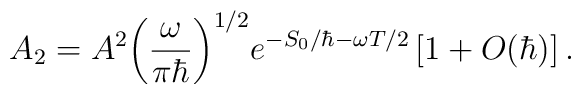
{A_2}={A^2}{{\left({{\omega}\over{\pi\hbar}}\right)}^{1/2}}{e^{-{S_0}/\hbar-\omega T/2}}\left[1+O(\hbar)\right].